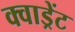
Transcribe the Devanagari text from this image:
क्वाड्रेंट